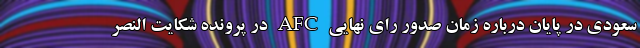
سعودی در پایان درباره زمان صدور رای نهایی AFC در پرونده شکایت النصر